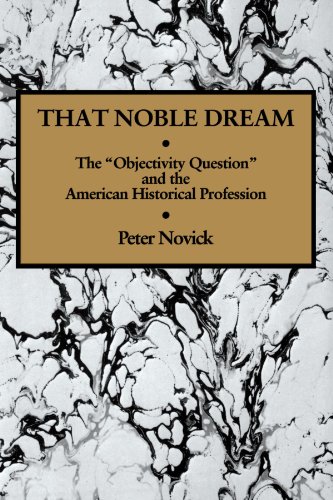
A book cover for That Noble Dream: The 'Objectivity Question' and the American Historical Profession (Ideas in Context); Peter Novick; History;